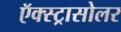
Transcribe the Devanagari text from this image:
ऍक्स्ट्रासोलर